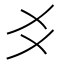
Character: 𬼆